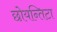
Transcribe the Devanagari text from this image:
छोयन्तिटा